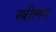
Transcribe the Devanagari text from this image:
स्त्रीलंग